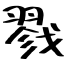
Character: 戮